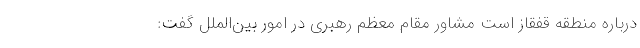
درباره منطقه قفقاز است مشاور مقام معظم رهبری در امور بین‌الملل گفت: